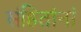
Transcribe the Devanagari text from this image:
संहितांनां